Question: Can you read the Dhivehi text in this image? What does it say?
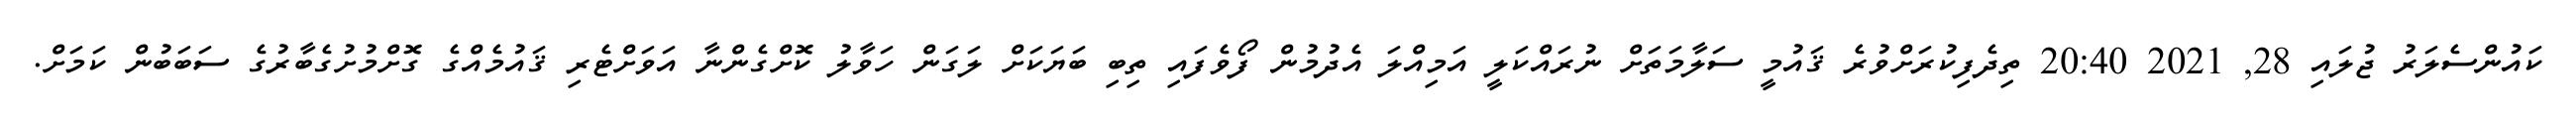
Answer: ކައުންސެލަރު ޖުލައި 28, 2021 20:40 ތިދެފިކުރަށްވުރެ ޤައުމީ ސަލާމަތަށް ނުރައްކަލީ އަމިއްލަ އެދުމުން ފޯވެފައި ތިބި ބަޔަކަށް ލަގަން ހަވާލު ކޮށްގެންނާ އަވަށްޓެރި ޤައުމެއްގެ ގޮށްމުށުގެބާރުގެ ސަބަބުން ކަމަށް.